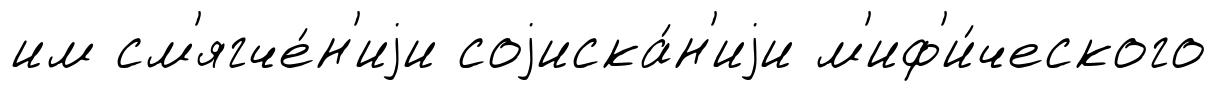
им см'ягче́н'иjи соjиска́н'иjи м'иф'и́ческого